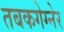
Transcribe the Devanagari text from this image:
तबकगेग्नेर